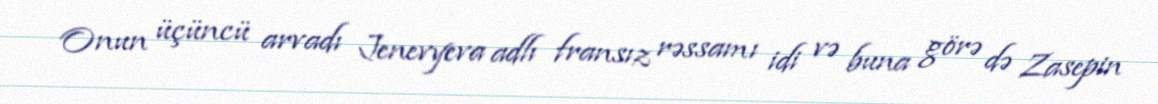
Onun üçüncü arvadı Jenevyeva adlı fransız rəssamı idi və buna görə də Zasepin